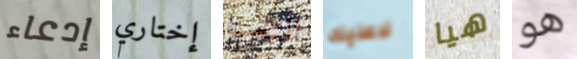
إدعاء إختاري التعب لاعليك هيا هو